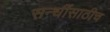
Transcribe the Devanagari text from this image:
सन्धींसाठीच